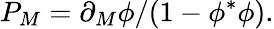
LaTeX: {P_{M}=\partial_{M}\phi/(1-\phi^{\ast}\phi).}